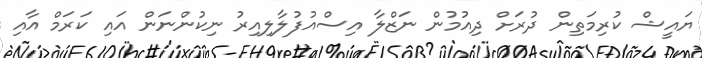
ޔައީޝް ކުރިމަތިން ދުރަށް ދިއުމުން ނަޒްލާ އިސްއުފުލާލިއިރު ނިކުންނަން އައި ކަރަމް އާއި